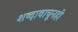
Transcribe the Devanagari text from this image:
शब्दावाचूनही